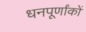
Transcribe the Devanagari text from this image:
धनपूर्णांकों